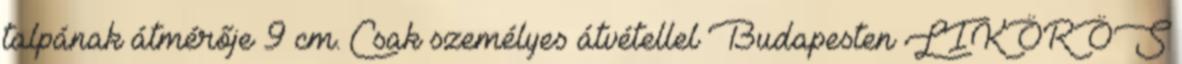
talpának átmérője 9 cm. Csak személyes átvétellel Budapesten LIKÖRÖS